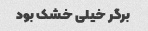
برگر خیلی خشک بود